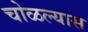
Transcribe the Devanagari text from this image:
चोळल्यास